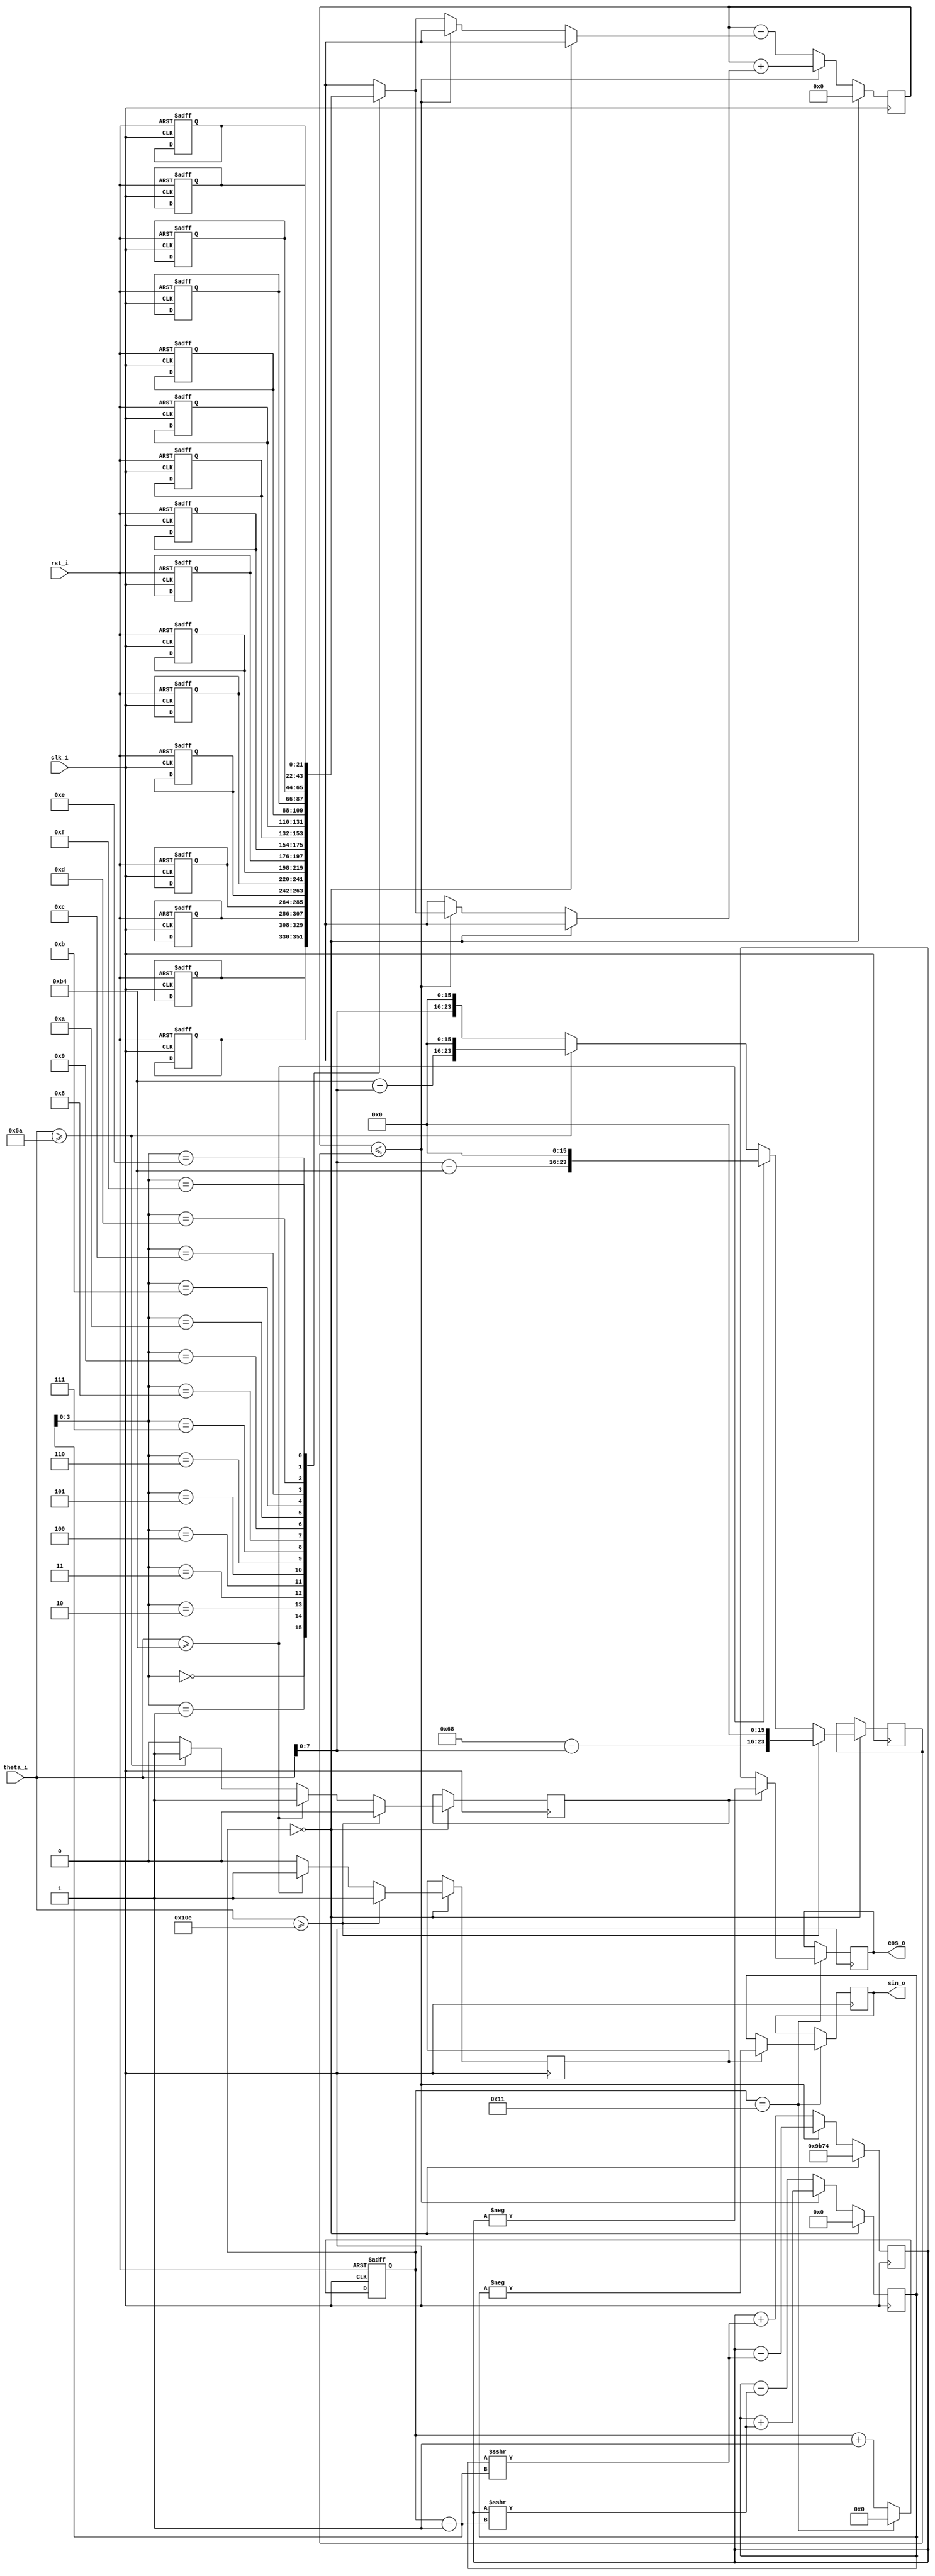
module cordic(clk_i, rst_i, theta_i, cos_o, sin_o);

  input clk_i;
  input rst_i;
  input [8:0] theta_i;
  
  output reg signed [22:0] cos_o;
  output reg signed [22:0] sin_o;
  
  reg [21:0] ANGLE [0:15];
  reg signed [23:0] theta_reg;
  reg signed [22:0] x;
  reg signed [22:0] y;
  reg x_minus;
  reg y_minus;
  reg signed [23:0] current_theta;
  
  reg [4:0] counter;
  
  always@(posedge clk_i)begin
    if(counter==5'd17)begin
      cos_o <= (x_minus)?-x:x;
      sin_o <= (y_minus)?-y:y;
    end
  end
  
  always@(posedge clk_i or posedge rst_i)begin
    if(rst_i)begin
      ANGLE[0] <= 22'd2949120;
      ANGLE[1] <= 22'd1740992;
      ANGLE[2] <= 22'd919872;
      ANGLE[3] <= 22'd466944;
      ANGLE[4] <= 22'd234368;
      ANGLE[5] <= 22'd117312;
      ANGLE[6] <= 22'd58688;
      ANGLE[7] <= 22'd29312;
      ANGLE[8] <= 22'd14656;
      ANGLE[9] <= 22'd7360;
      ANGLE[10] <= 22'd3648;
      ANGLE[11] <= 22'd1856;
      ANGLE[12] <= 22'd896;
      ANGLE[13] <= 22'd448;
      ANGLE[14] <= 22'd256;
      ANGLE[15] <= 22'd128;
    end
  end
  
  always@(posedge clk_i)begin
    if(counter==5'd0)begin
      if(theta_i>=9'd270) theta_reg <= (9'd360-theta_i)<<<16;//+x, -y
      else if(theta_i>=9'd180) theta_reg <= (theta_i-9'd180)<<<16;//-x, -y
      else if(theta_i>=9'd90) theta_reg <= (9'd180-theta_i)<<<16;//-x, +y
      else theta_reg <= theta_i<<<16;
    end
  end
  
  always@(posedge clk_i)begin
    if(counter==5'd0)begin
      if(theta_i>=9'd270)begin
        x_minus <= 1'b0;
        y_minus <= 1'b1;
      end else if(theta_i>=9'd180)begin
        x_minus <= 1'b1;
        y_minus <= 1'b1;
      end else if(theta_i>=9'd90)begin
        x_minus <= 1'b1;
        y_minus <= 1'b0;
      end else begin
        x_minus <= 1'b0;
        y_minus <= 1'b0;
      end
    end
  end
  
  always@(posedge clk_i or posedge rst_i)begin
    if(rst_i)begin
      counter <= 5'd0;
    end else if(counter==5'd17)begin
      counter <= 5'd0;
    end else begin
      counter <= counter + 5'd1;
    end
  end
  
  always@(posedge clk_i)begin
    if(counter==5'd0)begin
      current_theta <= 24'd0;
      x <= 22'h09b74;
      y <= 22'h0;
    end else if(current_theta<=theta_reg)begin
      current_theta <= current_theta + ANGLE[counter-5'd1];
      x <= x - (y>>>(counter-5'd1));
      y <= y + (x>>>(counter-5'd1));
    end else begin
      current_theta <= current_theta - ANGLE[counter-5'd1];
      x <= x + (y>>>(counter-5'd1));
      y <= y - (x>>>(counter-5'd1));
    end
  end
  
endmodule